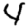
Digit: 4